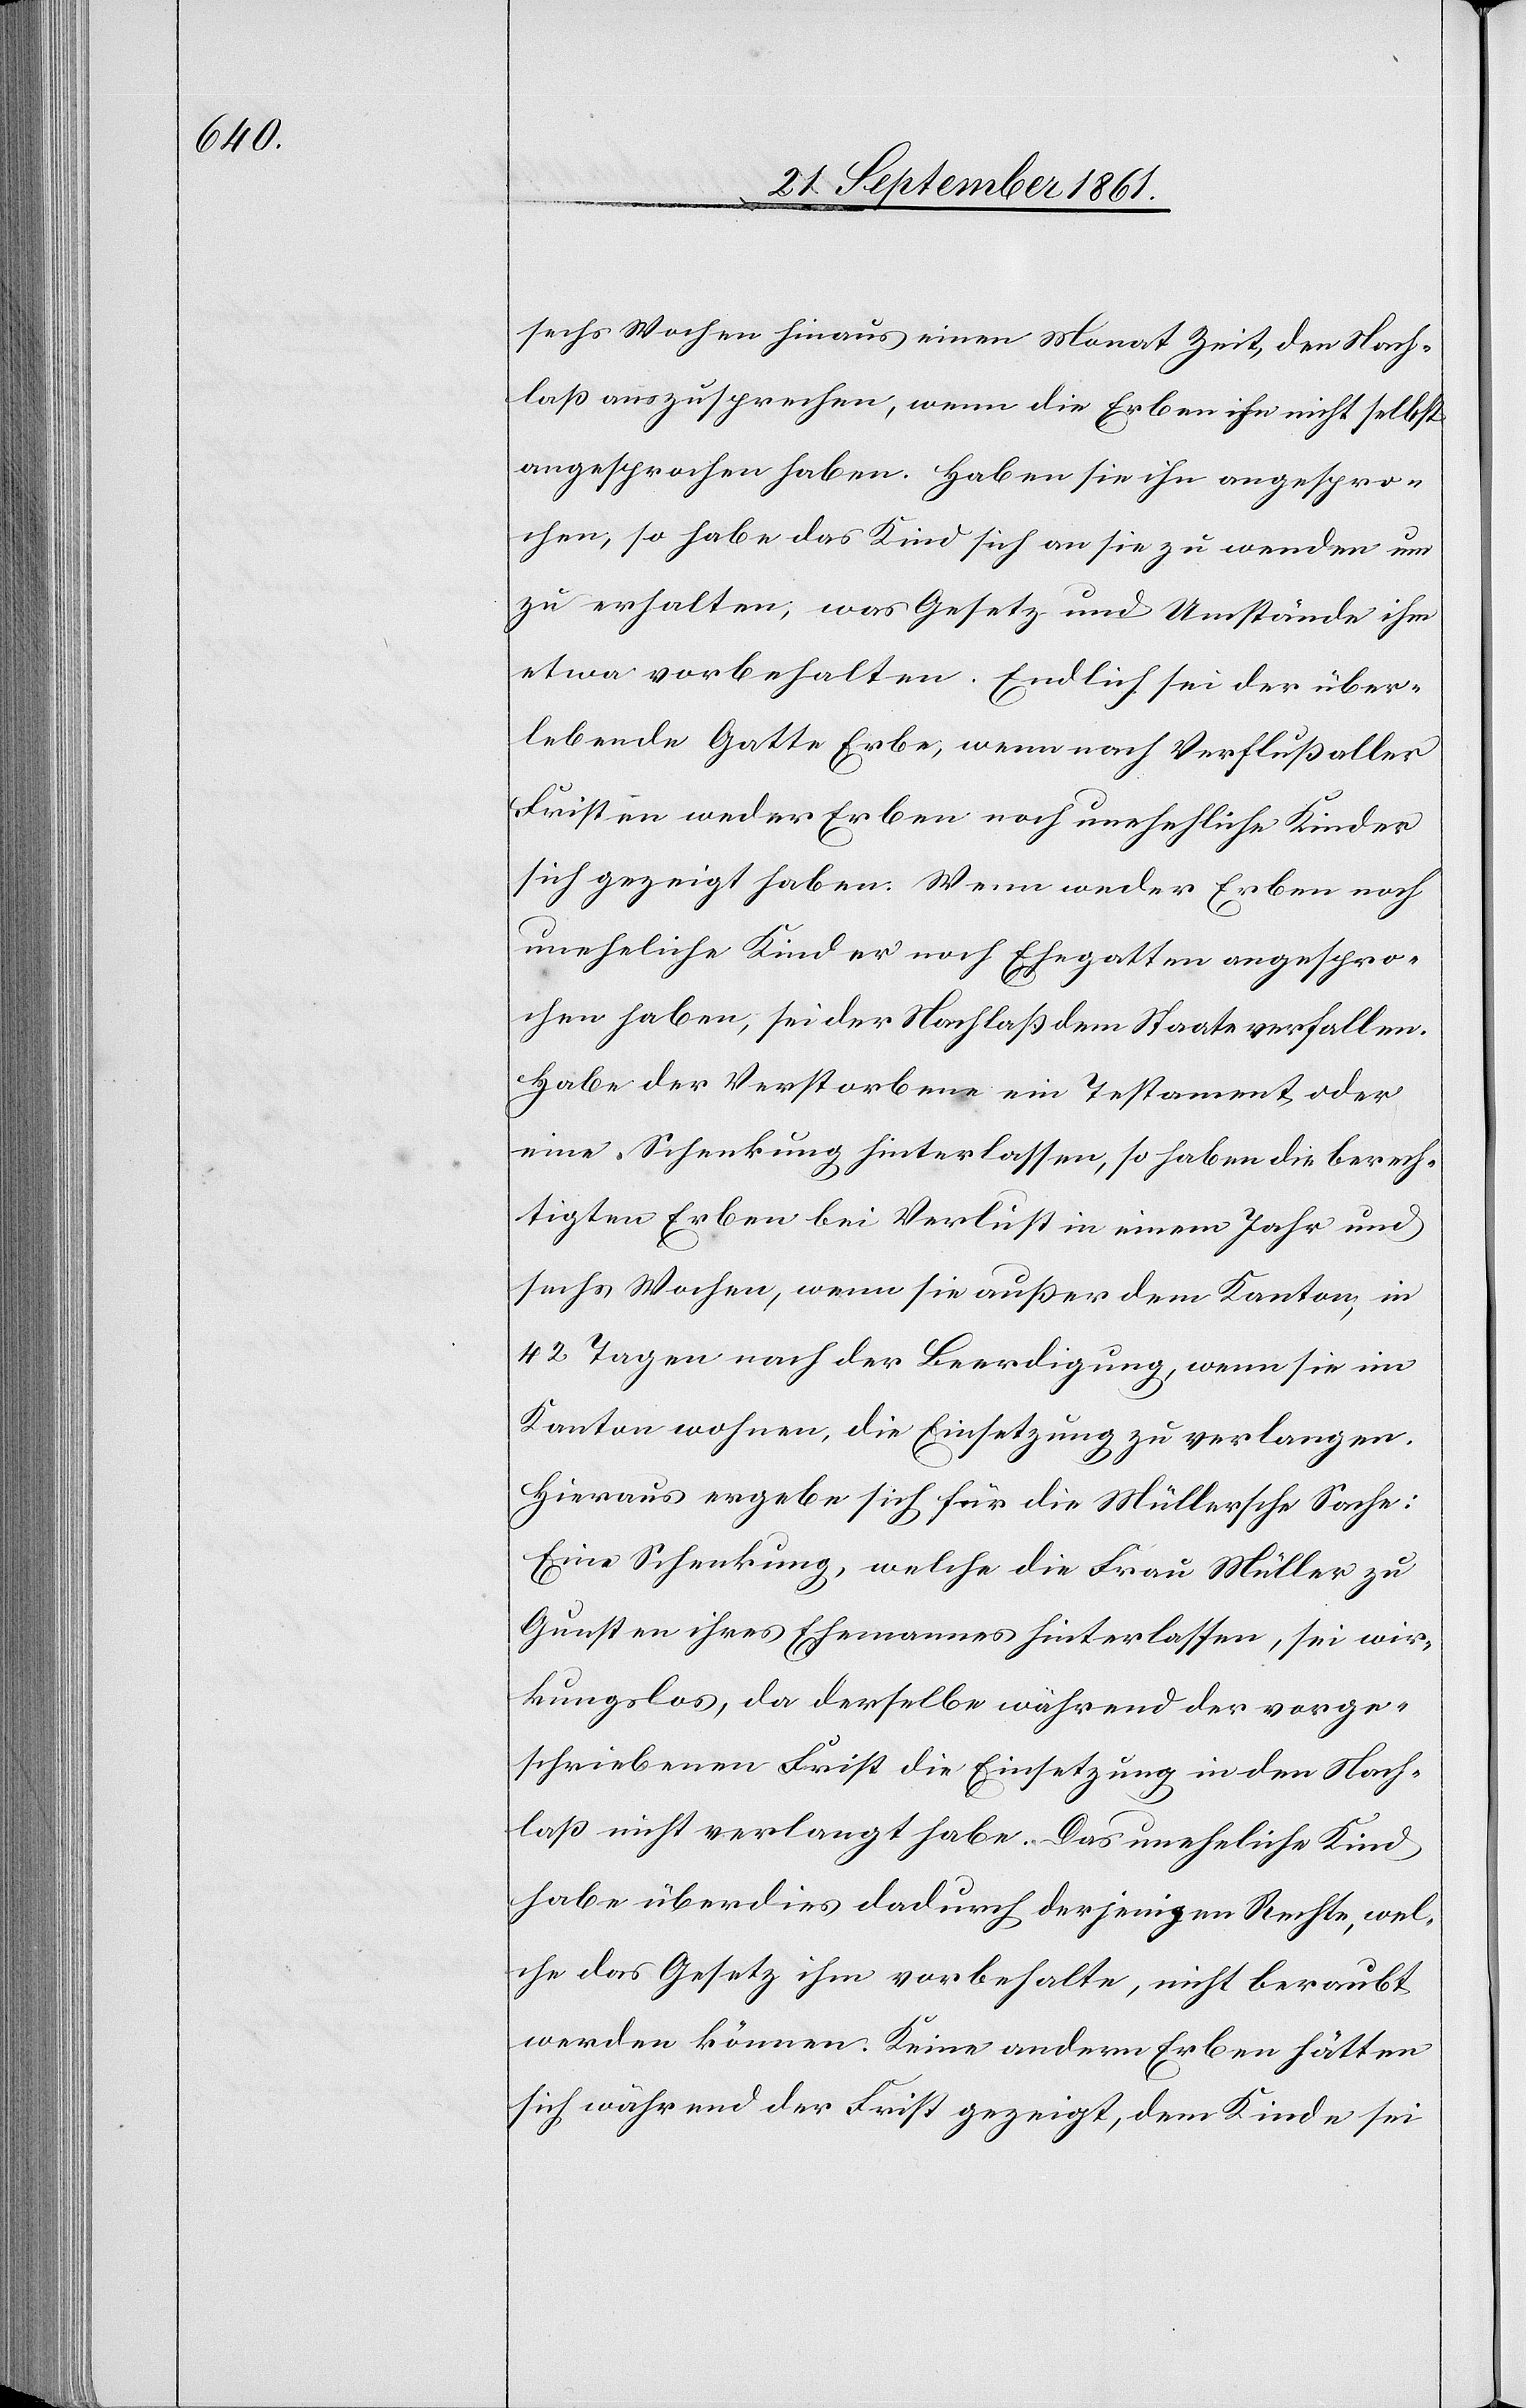
sechs Wochen hinaus einen Monat Zeit, den Nach¬
laß auszusprechen, wenn die Erben ihn nicht selbst
angesprochen haben. Haben sie ihn angespro¬
chen, so habe das Kind sich an sie zu wenden um
zu erhalten, was Gesetz und Umstände ihm
etwa vorbehalten. Endlich sei der über¬
lebende Gatte Erbe, wenn nach Verfluß aller
Fristen weder Erben noch uneheliche Kinder
sich gezeigt haben. Wenn weder Erben noch
uneheliche Kinder noch Ehegatten angespro¬
chen haben, sei der Nachlaß dem Staate verfallen.
Habe der Verstorbene ein Testament oder
eine Schenkung hinterlassen, so haben die berech¬
tigten Erben bei Verlust in einem Jahr und
sechs Wochen, wenn sie außer dem Kanton, in
42 Tagen nach der Beerdigung, wenn sie im
Kanton wohnen, die Einsetzung zu verlangen.
Hieraus ergebe sich für die Müllersche Sache:
Eine Schenkung, welche die Frau Müller zu
Gunsten ihres Ehemannes hinterlassen, sei wir¬
kungslos, da derselbe während der vorge¬
schriebenen Frist die Einsetzung in den Nach¬
laß nicht verlangt habe. Das uneheliche Kind
habe überdies dadurch derjenigen Rechte, wel¬
che das Gesetz ihm vorbehalte, nicht beraubt
werden können. Keine andern Erben hätten
sich während der Frist gezeigt, dem Kinde sei